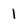
Character: 1